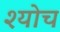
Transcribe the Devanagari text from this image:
श्योच